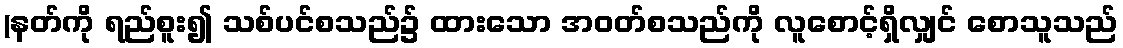
(နတ်ကို ရည်စူး၍ သစ်ပင်စသည်၌ ထားသော အဝတ်စသည်ကို လူစောင့်ရှိလျှင် စောသူသည်